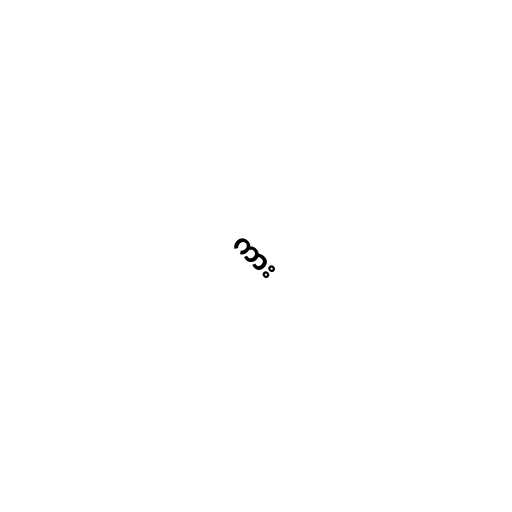
ကား